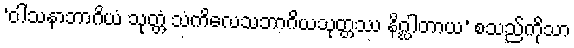
‘ဝါသနာဘာဂိယံ သုတ္တံ သံကိလေသဘာဂိယသုတ္တဿ နိဂ္ဃါတာယ’ စသည်ကိုသာ